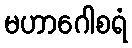
မဟာဂေါစရံ